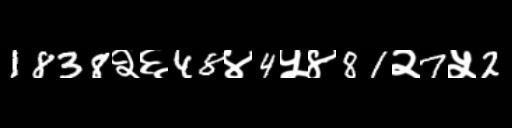
Text: 1838२६48४4५४81२7५2